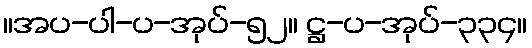
။အပ-ပါ-ပ-အုပ်-၅၂။ ဋ္ဌ-ပ-အုပ်-၃၃၄။